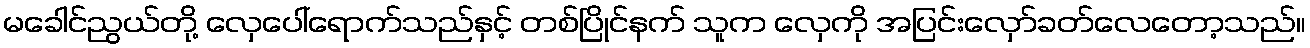
မခေါင်ညွယ်တို့ လှေပေါ်ရောက်သည်နှင့် တစ်ပြိုင်နက် သူက လှေကို အပြင်းလှော်ခတ်လေတော့သည်။